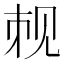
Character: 𬢉